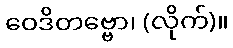
ဝေဒိတဗ္ဗော၊ (လိုက်)။